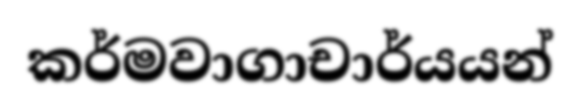
කර්මවාගාචාර්යයන්